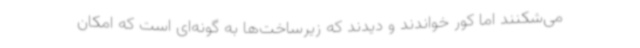
می‌شکنند اما کور خواندند و دیدند که زیرساخت‌ها به گونه‌ای است که امکان